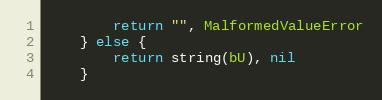
Language: Go
		return "", MalformedValueError
	} else {
		return string(bU), nil
	}